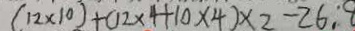
( 1 2 \times 1 0 ) + ( 1 2 \times 4 + 1 0 \times 4 ) \times 2 - 2 6 :